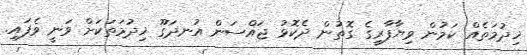
ޚިދުމަތެއް ކަމުން ވިޔާފާރީގެ ގޮތުން ދެކޮޅު ޖައްސަން އުނދަގޫ ޚިދުމަތަކަށް ވަނީ ވެފައި.